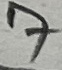
Text: 7